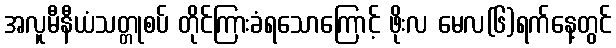
အလူမီနီယံသတ္တုစပ် တိုင်ကြားခံရသောကြောင့် ဖိုးလ မေလ(၆)ရက်နေ့တွင်